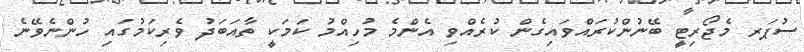
ސުޕަރ މެޖޯރިޓީ ބޭނުންކުރައްވައިގެން ކުރެއްވި އެންމެ މުހިއްމު ކަމަކީ ތާއަބަދު ވެރިކަމުގައި ހުންނެވޭނެ